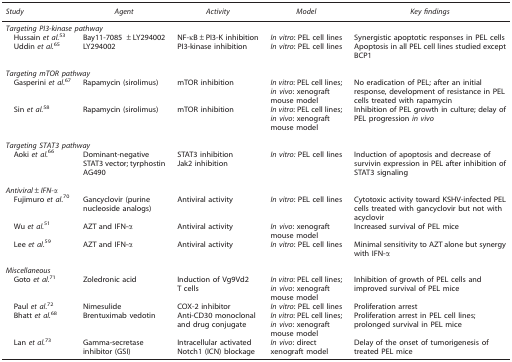
<table><thead><tr><td><b><i>Study</i></b></td><td><b><i>Agent</i></b></td><td><b><i>Activity</i></b></td><td><b><i>Model</i></b></td><td><b><i>Key findings</i></b></td></tr></thead><tbody><tr><td colspan="5"><i>Targeting PI3-kinase pathway</i></td></tr><tr><td> Hussain <i>et al.</i><sup>53</sup></td><td>Bay11-7085 ±LY294002</td><td>NF-κB±PI3-K inhibition</td><td><i>In vitro</i>: PEL cell lines</td><td>Synergistic apoptotic responses in PEL cells</td></tr><tr><td> Uddin <i>et al.</i><sup>65</sup></td><td>LY294002</td><td>PI3-kinase inhibition</td><td><i>In vitro</i>: PEL cell lines</td><td>Apoptosis in all PEL cell lines studied except BCP1</td></tr><tr><td> </td><td> </td><td> </td><td> </td><td> </td></tr><tr><td colspan="5"><i>Targeting mTOR pathway</i></td></tr><tr><td> Gasperini <i>et al.</i><sup>67</sup></td><td>Rapamycin (sirolimus)</td><td>mTOR inhibition</td><td><i>In vitro</i>: PEL cell lines; <i>in vivo</i>: xenograft mouse model</td><td>No eradication of PEL; after an initial response, development of resistance in PEL cells treated with rapamycin</td></tr><tr><td> Sin <i>et al.</i><sup>58</sup></td><td>Rapamycin (sirolimus)</td><td>mTOR inhibition</td><td><i>In vitro</i>: PEL cell lines; <i>in vivo</i>: xenograft mouse model</td><td>Inhibition of PEL growth in culture; delay of PEL progression <i>in vivo</i></td></tr><tr><td> </td><td> </td><td> </td><td> </td><td> </td></tr><tr><td colspan="5"><i>Targeting STAT3 pathway</i></td></tr><tr><td> Aoki <i>et al.</i><sup>66</sup></td><td>Dominant-negative STAT3 vector; tyrphostin AG490</td><td>STAT3 inhibition Jak2 inhibition</td><td><i>In vitro:</i> PEL cell lines</td><td>Induction of apoptosis and decrease of survivin expression in PEL after inhibition of STAT3 signaling</td></tr><tr><td> </td><td> </td><td> </td><td> </td><td> </td></tr><tr><td colspan="5"><i>Antiviral±IFN-α</i></td></tr><tr><td> Fujimuro <i>et al.</i><sup>70</sup></td><td>Gancyclovir (purine nucleoside analogs)</td><td>Antiviral activity</td><td><i>In vitro</i>: PEL cell lines</td><td>Cytotoxic activity toward KSHV-infected PEL cells treated with gancyclovir but not with acyclovir</td></tr><tr><td> Wu <i>et al.</i><sup>51</sup></td><td>AZT and IFN-α</td><td>Antiviral activity</td><td><i>In vivo</i>: xenograft mouse model</td><td>Increased survival of PEL mice</td></tr><tr><td> Lee <i>et al.</i><sup>59</sup></td><td>AZT and IFN-α</td><td>Antiviral activity</td><td><i>In vitro</i>: PEL cell lines</td><td>Minimal sensitivity to AZT alone but synergy with IFN-α</td></tr><tr><td> </td><td> </td><td> </td><td> </td><td> </td></tr><tr><td colspan="5"><i>Miscellaneous</i></td></tr><tr><td> Goto <i>et al.</i><sup>71</sup></td><td>Zoledronic acid</td><td>Induction of Vg9Vd2 T cells</td><td><i>In vitro</i>: PEL cell lines; <i>in vivo</i>: xenograft mouse model</td><td>Inhibition of growth of PEL cells and improved survival of PEL mice</td></tr><tr><td> Paul <i>et al.</i><sup>72</sup></td><td>Nimesulide</td><td>COX-2 inhibitor</td><td><i>In vitro</i>: PEL cell lines</td><td>Proliferation arrest</td></tr><tr><td> Bhatt <i>et al.</i><sup>68</sup></td><td>Brentuximab vedotin</td><td>Anti-CD30 monoclonal and drug conjugate</td><td><i>In vitro</i>: PEL cell lines; <i>in vivo</i>: xenograft mouse model</td><td>Proliferation arrest in PEL cell lines; prolonged survival in PEL mice</td></tr><tr><td> Lan <i>et al.</i><sup>73</sup></td><td>Gamma-secretase inhibitor (GSI)</td><td>Intracellular activated Notch1 (ICN) blockage</td><td><i>In vivo</i>: direct xenograft model</td><td>Delay of the onset of tumorigenesis of treated PEL mice</td></tr></tbody></table>